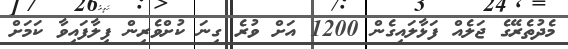
މެދުތެރޭގެ ޖަލެއް ފަޅާލައިގެން 1200 އަށް ވުރެ ގިނަ ކުށްވެރިން ފިލާފައިވާ ކަމަށް